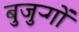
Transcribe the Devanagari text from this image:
बुजुऱ्गों